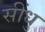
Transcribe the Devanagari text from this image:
सींधु